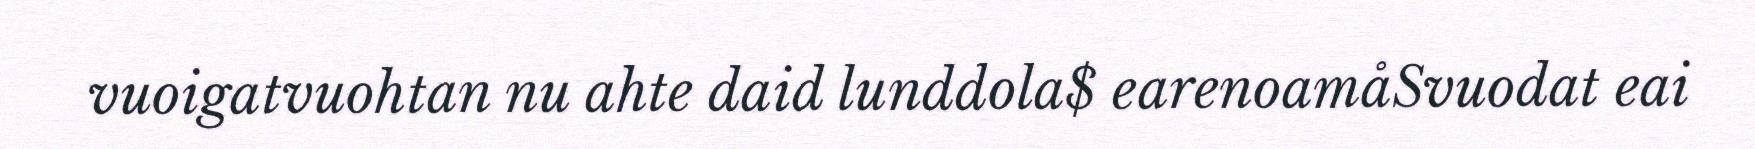
vuoigatvuohtan nu ahte daid lunddola$ earenoamåSvuodat eai